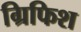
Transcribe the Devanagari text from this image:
ग्रिफिश